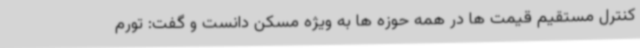
کنترل مستقیم قیمت ها در همه حوزه ها به ویژه مسکن دانست و گفت: تورم